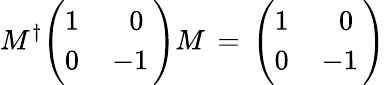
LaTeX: M^{\dagger}\Bigg(\begin{array}{cc}{{1\, }}&{{\; 0}}\\ {{0\, }}&{{-1\, }}\end{array}\Bigg)M\, =\, \Bigg(\begin{array}{cc}{{1\, }}&{{\; 0}}\\ {{0\, }}&{{-1\, }}\end{array}\Bigg)\,